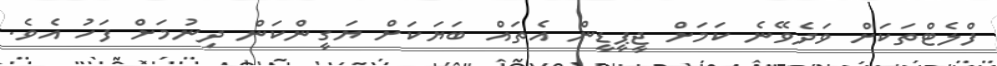
ފްލެޓްތަކަށް ވަދެވޭނެ ކަމަށް ޖީޕީޑީން އެތައް ބަޔަކަށް ޔަގީންކަން ދިނުމަށް ފަހު އެވެ.